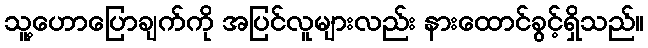
သူ့ဟောပြောချက်ကို အပြင်လူများလည်း နားထောင်ခွင့်ရှိသည်။